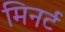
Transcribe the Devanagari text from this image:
मिनर्ट